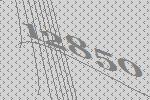
12850